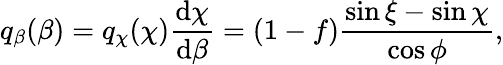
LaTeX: q_{\beta}(\beta)=q_{\chi}(\chi)\frac{\mathrm d\chi}{\mathrm d\beta}=(1-f)\frac{\sin\xi-\sin\chi}{\cos\phi},